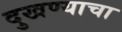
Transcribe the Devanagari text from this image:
दुखण्याचा